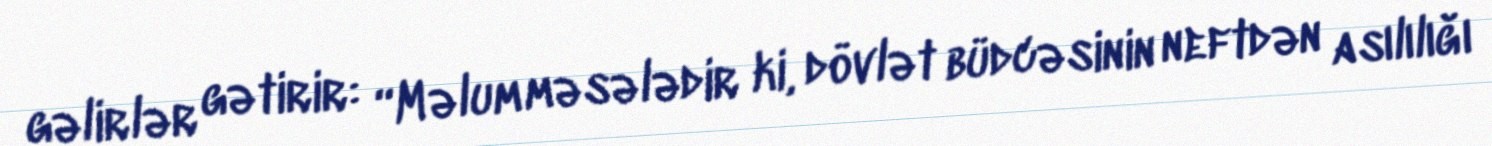
gəlirlər gətirir: “Məlum məsələdir ki, dövlət büdcəsinin neftdən asılılığı